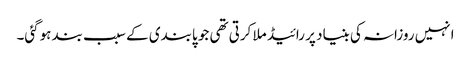
انہیں روزانہ کی بنیاد پر رائیڈ ملا کرتی تھی جو پابندی کے سبب بند ہوگئی۔